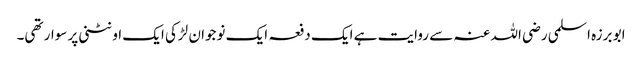
ابو برزہ اسلمی رضی اللہ عنہ سے روایت ہے ایک دفعہ ایک نوجوان لڑکی ایک اونٹنی پر سوار تھی۔